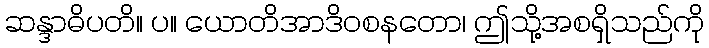
ဆန္ဒာဓိပတိ။ ပ။ ယောတိအာဒိဝစနတော၊ ဤသို့အစရှိသည်ကို